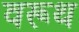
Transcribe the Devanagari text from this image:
वरूथ